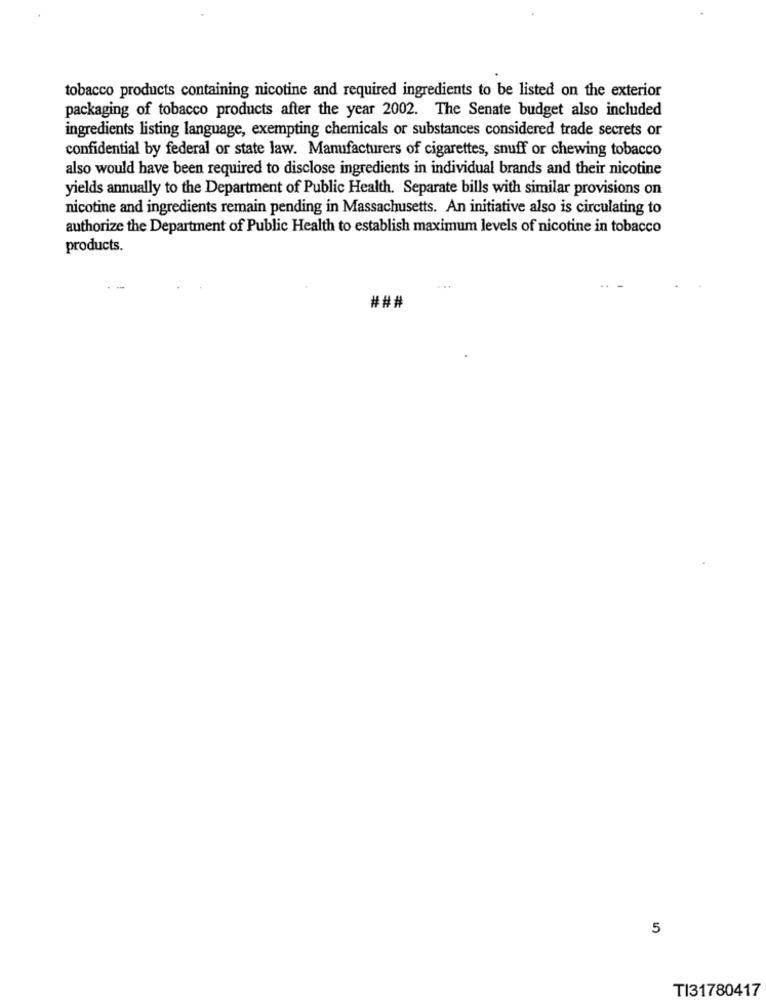
tobacco products containing nicotine and required ingredients to be listed on the exterior
packaging of tobacco products after the year 2002. The Senate budget also included
ingredients listing language, exempting chemicals or substances considered trade secrets or
confidential by federal or state law. Manufacturers of cigarettes, snuff or chewing tobacco
also would have been required to disclose ingredients in individual brands and their nicotine
yields annually to the Department of Public Health. Separate bills with similar provisions on
nicotine and ingredients remain pending in Massachusetts. An initiative also is circulating to
authorize the Department of Public Health to establish maximum levels of nicotine in tobacco
products.
###
5
TI31780417